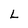
Character: L